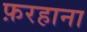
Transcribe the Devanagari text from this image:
फ़रहाना